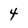
Character: 4